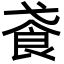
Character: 䬥